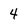
Character: 4